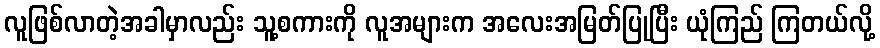
လူဖြစ်လာတဲ့အခါမှာလည်း သူ့စကားကို လူအများက အလေးအမြတ်ပြုပြီး ယုံကြည် ကြတယ်လို့